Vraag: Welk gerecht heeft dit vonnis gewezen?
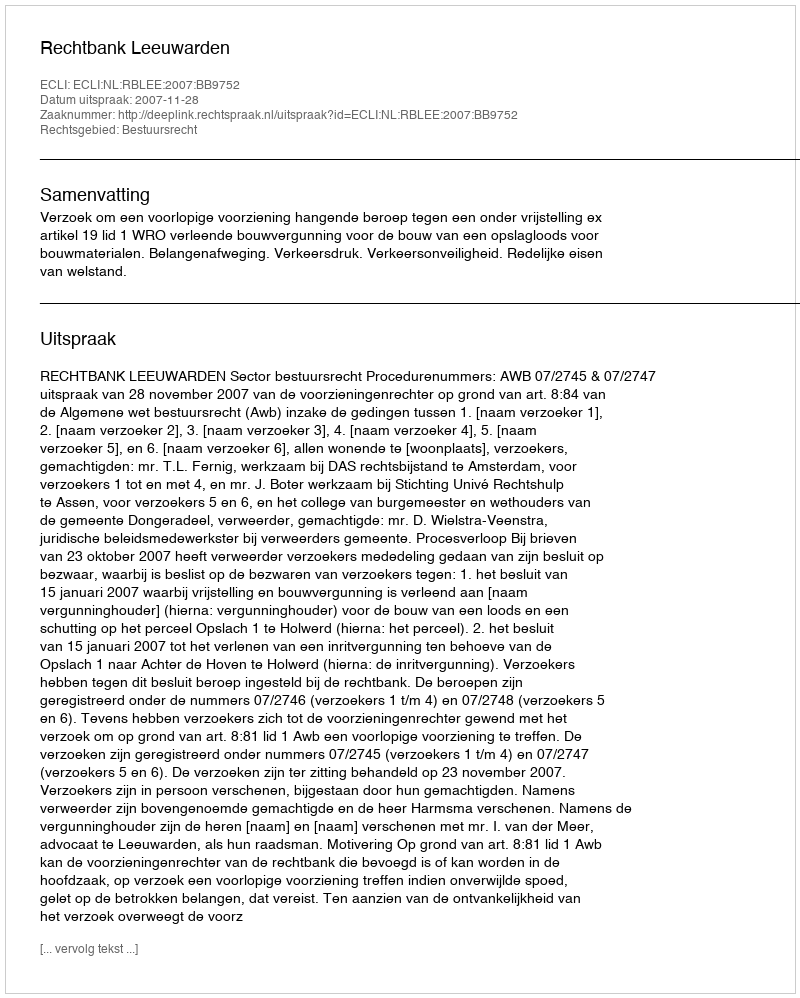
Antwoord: Rechtbank Leeuwarden